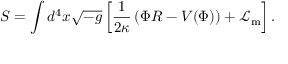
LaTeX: S = \int d ^ { 4 } x { \sqrt { - g } } \left[ { \frac { 1 } { 2 \kappa } } \left( \Phi R - V ( \Phi ) \right) + { \mathcal { L } } _ { \mathrm { m } } \right] .